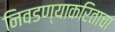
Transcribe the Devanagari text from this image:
निवडण्याकरिताचा